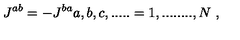
J ^ { a b } = - J ^ { b a } a , b , c , . . . . . = 1 , . . . . . . . . , N \ ,